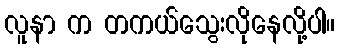
လူနာ က တကယ်သွေးလိုနေလို့ပါ။